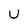
Character: U